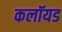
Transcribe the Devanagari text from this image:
कलॉयड